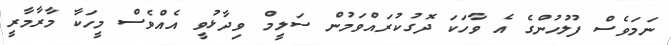
ނަމަވެސް ފުލުހުންގެ އެ ވާހަކަ ދޮގުކުރައްވަމުން ސަލީމް ވިދާޅުވީ އެއްވެސް މީހަކާ މާރާމާރީ